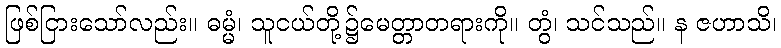
ဖြစ်ငြားသော်လည်း။ ဓမ္မံ၊ သူငယ်တို့၌မေတ္တာတရားကို။ တွံ၊ သင်သည်။ န ဇဟာသိ၊